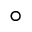
^ { \circ }